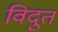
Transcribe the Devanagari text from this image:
विदुत